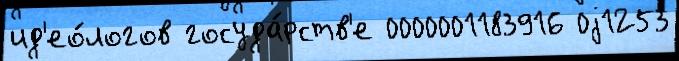
ид'ео́логов госуда́рств'е 0000001183916 0j1253